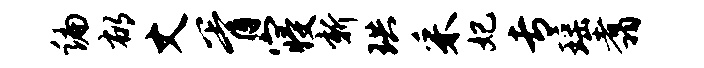
编郁丈胥寝新珙采妃专瑶翥